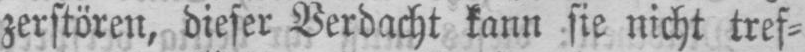
zerstören, dieser Verdacht kann sie nicht tref⸗